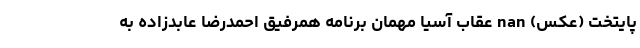
پایتخت (عکس) nan عقاب آسیا مهمان برنامه همرفیق احمدرضا عابدزاده به